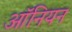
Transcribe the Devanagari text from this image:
ऑनियन